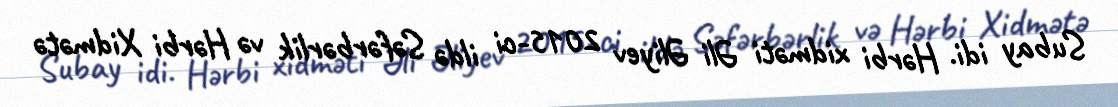
Subay idi. Hərbi xidməti Əli Əliyev 2015-ci ildə Səfərbərlik və Hərbi Xidmətə